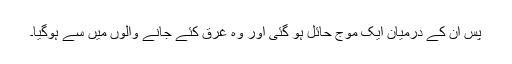
پس ان کے درمیان ایک موج حائل ہو گئی اور وہ غرق کئے جانے والوں میں سے ہوگیا۔